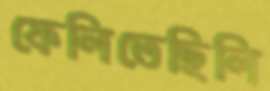
ফেলিতেছিলি